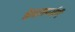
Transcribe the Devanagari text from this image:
डेवलपर्समें